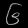
Digit: ၆